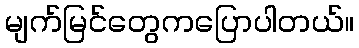
မျက်မြင်တွေကပြောပါတယ်။